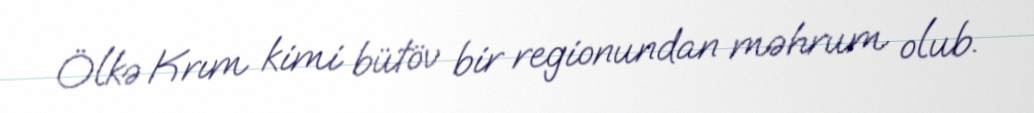
Ölkə Krım kimi bütöv bir regionundan məhrum olub.